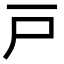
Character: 戸